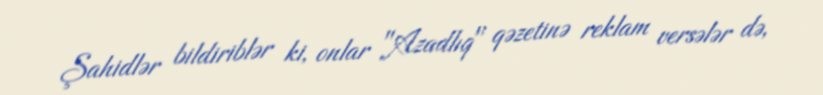
Şahidlər bildiriblər ki, onlar "Azadlıq" qəzetinə reklam versələr də,